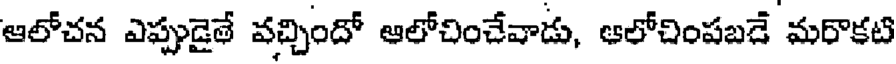
ఆలోచన ఎప్పుడైతే వచ్చిందో ఆలోచించేవాడు, ఆలోచింపబడే మరొకటి